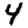
Digit: 4